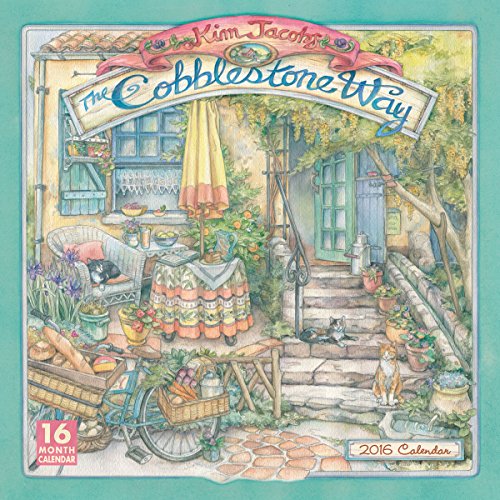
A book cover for Cobblestone Way 2016 Wall Calendar; Kim Jacobs; Calendars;